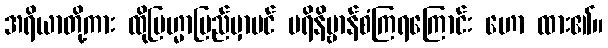
အရိယာတို့ကား ထိုဗြဟ္မာပြည်မှာပင် ပရိနိဗ္ဗာန်စံကြရကြောင်း ဟော ထား၏။